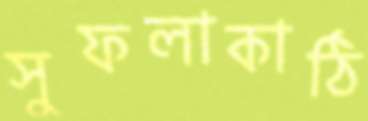
সুফলাকাঠি